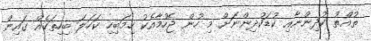
ތުއްތު ކުދިންނާއި ކުޑަކުދިންނަށް މި ހުން ޖެހުމާއެކު ހިމަބިހި ކަހަލަ ބިހިތަކެއް ގައިން